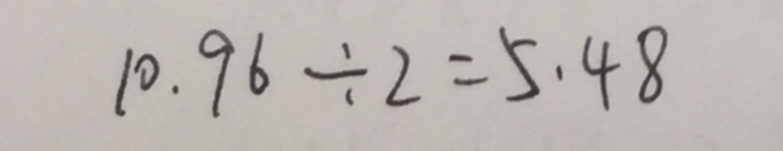
1 0 . 9 6 \div 2 = 5 . 4 8